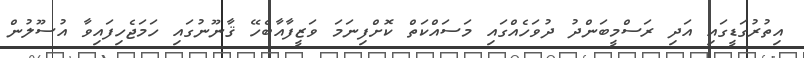
އިތުރުގަޑީގައި އަދި ރަސްމީބަންދު ދުވަހެއްގައި މަސައްކަތް ކޮށްފިނަމަ ވަޒީފާއާބެހޭ ޤާނޫނުގައި ހަމަޖެހިފައިވާ އުސޫލުން